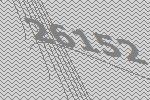
26152